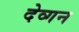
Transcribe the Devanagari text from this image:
देव्गन